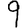
Digit: 9